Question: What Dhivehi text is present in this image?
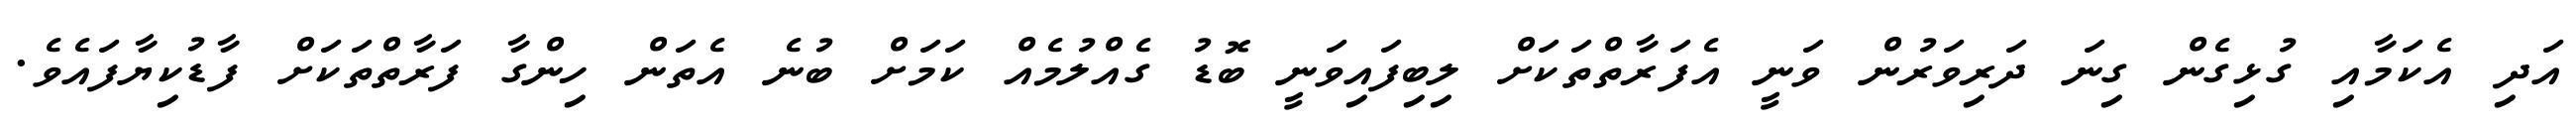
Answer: އަދި އެކަމާއި ގުޅިގެން ގިނަ ދަރިވަރުން ވަނީ އެފަރާތްތަކަށް ލިބިފައިވަނީ ބޮޑު ގެއްލުމެއް ކަމަށް ބުނެ އެތަން ހިންގާ ފަރާތްތަކަށް ފާޑުކިޔާފައެވެ.